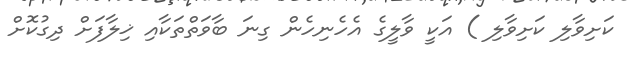
ކަށިވާލި ކަށިވާލި ) އަކީ ވާލީގެ އެހެނިހެން ގިނަ ބާވަތްތަކާއި ޚިލާފަށް ދިގުކޮށް